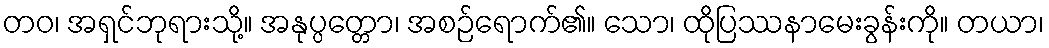
တဝ၊ အရှင်ဘုရားသို့။ အနုပ္ပတ္တော၊ အစဉ်ရောက်၏။ သော၊ ထိုပြဿနာမေးခွန်းကို။ တယာ၊